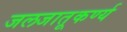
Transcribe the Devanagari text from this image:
जलजातूकर्ण्य